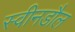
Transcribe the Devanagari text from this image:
स्वीनडौल